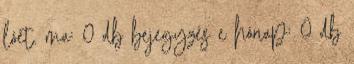
lóét. ma: 0 db bejegyzés e hónap: 0 db